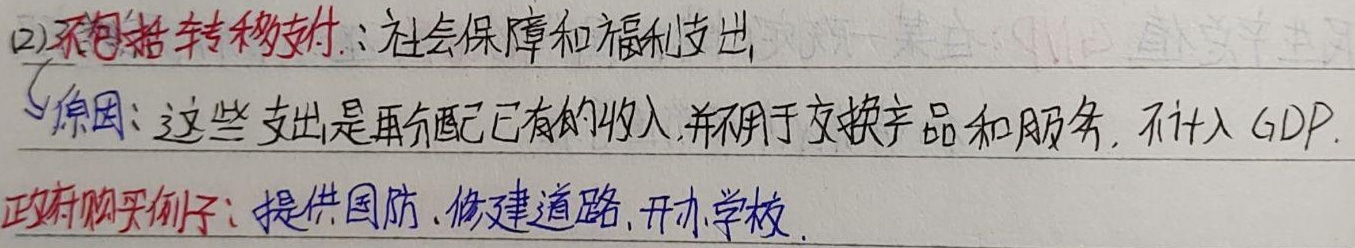
(2) 不包括转移支付：社会保障和福利支出。原因：这些支出是再分配已有的收入，并不用于交换产品和服务，不计入 GDP。政府购买例子：提供国防、修建道路、开办学校。